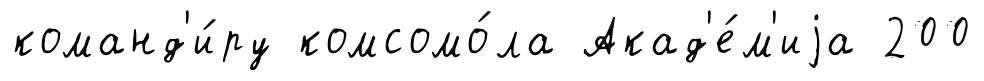
команд'и́ру комсомо́ла Акад'е́м'иjа 200